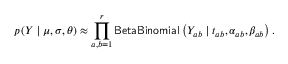
p \left( Y \mid \mu , \sigma , \theta \right) \approx \prod _ { a , b = 1 } ^ { r } \mathsf { B e t a B i n o m i a l } \left( Y _ { a b } \mid t _ { a b } , \alpha _ { a b } , \beta _ { a b } \right) .